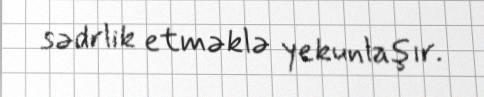
sədrlik etməklə yekunlaşır.